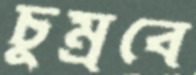
চুম্‌রবে